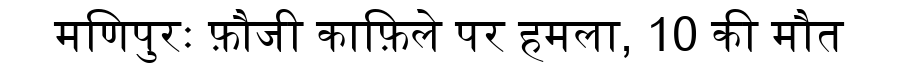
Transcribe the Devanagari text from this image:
मणिपुरः फ़ौजी काफ़िले पर हमला, 10 की मौत